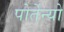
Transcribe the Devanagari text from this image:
पोर्तेन्यो